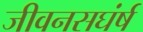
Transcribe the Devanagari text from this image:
जीवनसघंर्ष